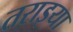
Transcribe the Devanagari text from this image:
तराइया